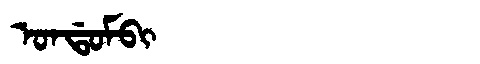
Manchu: ᠣᠨᡩᠣᠮᠪᡳ
Romanization: ONDOMBI